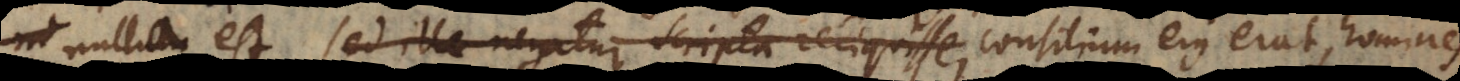
nulla est, sed ille negatur scripta reliquisse, consilium ejus erat, homines